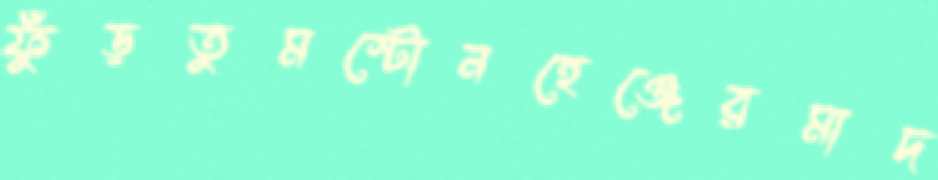
ফুঁড়তুমস্টোনহেঞ্জেরমাদ